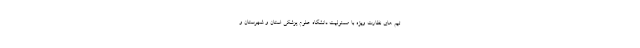
تیم های نظارت ویژه با مسئولیت دانشگاه علوم پزشکی استان و شهرستان و